Vaccine operations Central Provinces 1900-1911 - 1900-1911
Year: 1900
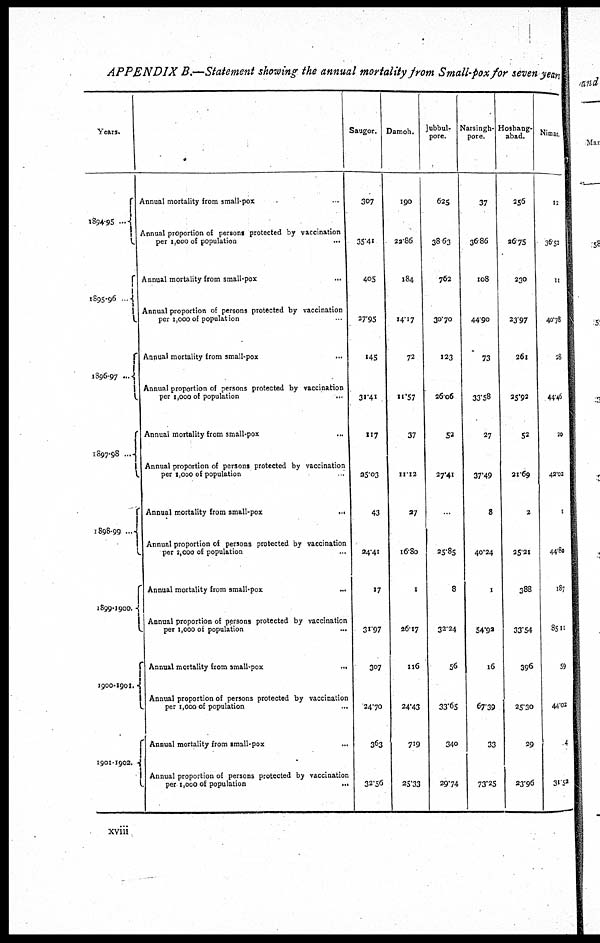
APPENDIX B .—Statement showing the annual mortality from Small-pox for seven years
Years.
1894- 95 ...
1895-96 ..
1896-97
...
1897-98
...
1898-99...
1899-1900.
1900-1901.
1901-1902.
Annual mortality from small-pox ...
Annual proportion of persons protected by vaccination
per 1,000 of population
...
Annual mortality from small-pox ...
Annual proportion of persons protected by vaccination
per 1,000 of population ...
Annual mortality from small-pox ...
Annual proportion of persons protected by vaccination
per 1,000 of population ...
Annual mortality from small-pox ...
Annual proportion of persons protected by vaccination
per 1,000 of population ...
Annual mortality from small-pox
...
Annual proportion of persons protected by vaccination
per 2,000 of population ...
Annual mortality from small-pox ...
Annual proportion of persons protected by vaccination
per 1,000 of population
...
Annual mortality from small-pox
...
Annual proportion of persons protected by vaccination
per 1,000 of population ...
Annual mortality from small-pox ...
Annual proportion of persons protected by vaccination
per 1,000 of population
...
Saugor.
307
35.41
405
27.95
145
31.41
117
25.03
43
24.41
17
31.97
307
24.70
363
32.56
Damoh.
190
22.86
184
14.17
72
11.57
37
11.12
27
16.80
1
26.17
116
24.43
719
25.33
Jubbul¬
pore.
625
38.63
762
30.70
123
26.06
52
27.41
...
25.85
8
32.24
56
33.65
340
29.74
Narsingh¬
pore.
37
36.86
108
44.90
73
33.58
27
37.49
8
40.24
1
54.92
16
67.39
33
73.25
Hoshang¬
abad.
256
26.75
230
23.97
261
25.92
52
21.69
2
25.21
388
33.54
396
25.30
29
23.96
Nimar.
12
36.52
11
40.78
28
44.46
20
42.02
1
44.80
187
85.11
59
44.02
4
31.52
xviii